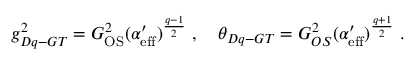
g _ { D q - G T } ^ { 2 } = G _ { \mathrm { O S } } ^ { 2 } ( \alpha _ { \mathrm { e f f } } ^ { \prime } ) ^ { \frac { q - 1 } { 2 } } \ , \quad \theta _ { D q - G T } = G _ { O S } ^ { 2 } ( \alpha _ { \mathrm { e f f } } ^ { \prime } ) ^ { \frac { q + 1 } { 2 } } \ .